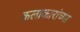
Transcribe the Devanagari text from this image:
कलाकारांच्‍या